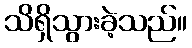
သိရှိသွားခဲ့သည်။